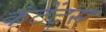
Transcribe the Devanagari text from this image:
कंटेंट्स